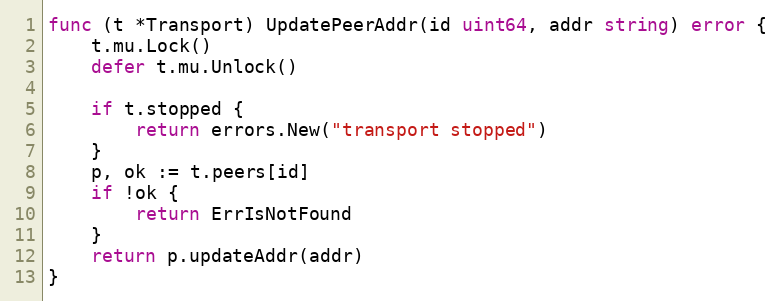
Language: Go
func (t *Transport) UpdatePeerAddr(id uint64, addr string) error {
	t.mu.Lock()
	defer t.mu.Unlock()

	if t.stopped {
		return errors.New("transport stopped")
	}
	p, ok := t.peers[id]
	if !ok {
		return ErrIsNotFound
	}
	return p.updateAddr(addr)
}